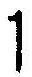
1